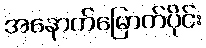
အနောက်မြောက်ပိုင်း